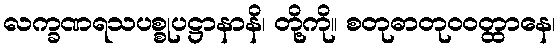
လက္ခဏရသပစ္စုပဋ္ဌာနာနိ၊ တို့ကို။ စတုဓာတုဝဝတ္ထာနေ၊